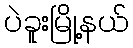
ပဲခူးမြို့နယ်